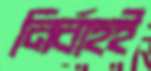
নির্বাহই